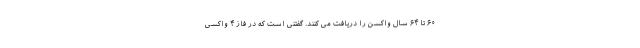
۶۰ تا ۶۴ سال واکسن را دریافت می کنند. گفتنی است که در فاز ۴ واکسی